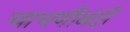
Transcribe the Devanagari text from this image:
चाचणीबंदी